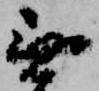
無